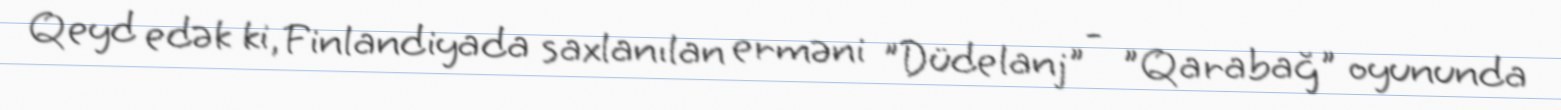
Qeyd edək ki, Finlandiyada saxlanılan erməni "Düdelanj" - "Qarabağ" oyununda